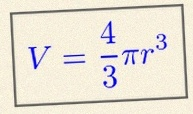
V=\frac43\pi r^3